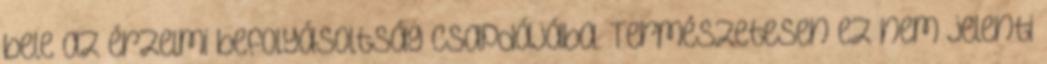
bele az érzelmi befolyásoltság csapdájába. Természetesen ez nem jelenti